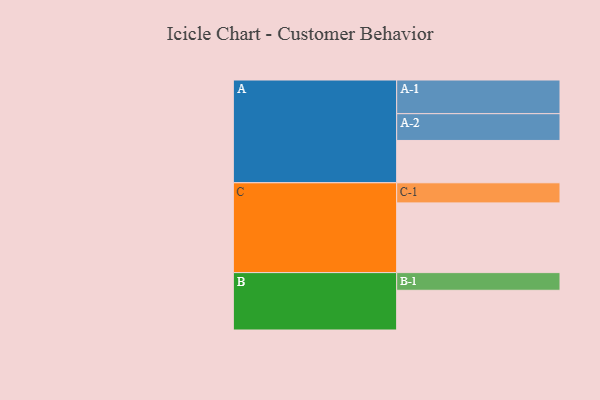
{"axis": {"x": "Segment", "y": "Value"}, "legend": ["", "A", "B", "C"], "data": [{"x": "A", "y": 343, "type": ""}, {"x": "B", "y": 322, "type": ""}, {"x": "C", "y": 565, "type": ""}, {"x": "A-1", "y": 273, "type": "A"}, {"x": "A-2", "y": 217, "type": "A"}, {"x": "B-1", "y": 143, "type": "B"}, {"x": "C-1", "y": 163, "type": "C"}]}